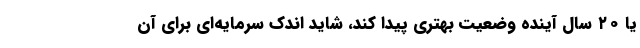
یا ۲۰ سال آینده وضعیت بهتری پیدا کند، شاید اندک سرمایه‌ای برای آن